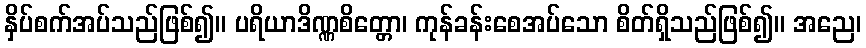
နှိပ်စက်အပ်သည်ဖြစ်၍။ ပရိယာဒိဏ္ဏစိတ္တော၊ ကုန်ခန်းစေအပ်သော စိတ်ရှိသည်ဖြစ်၍။ အညေ၊